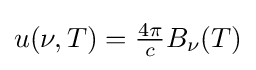
{\textstyle u(\nu ,T)={\frac {4\pi }{c}}B_{\nu }(T)}